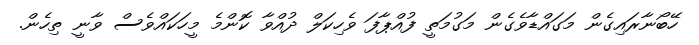
ހޭބޯނާރައިގެން މަގައްޑާވެގެން މަގުމަތީ ފުއްޕާފަ ވެހިކަލް ދުއްވާ ކޮންމެ މީހަކައްވެސް ވާނީ ތިހެން.